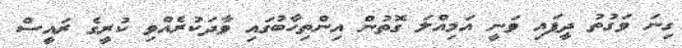
ގިނަ ވަގުތު ދީފައި ވަނީ އަމިއްލަ ގޮތުން އިންތިހާބުގައި ވާދަކުރެއްވި ކުރީގެ ރައީސް